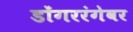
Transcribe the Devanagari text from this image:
डोंगररंगेवर